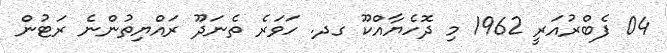
04 ފެބްރުއަރީ 1962 މި ދޮހެޔާއްކޫ ގދ. ހަވަރެ ތެނަދޫ ރައްޔިތުންނެ ރަޓުން